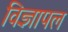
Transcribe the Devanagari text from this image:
विज्ञापल